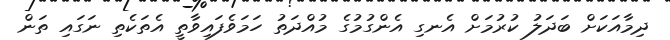
ދިމާއަކަށް ބަދަލު ކުރުމަށް އެނގި އެންގުމުގެ މުއްދަތު ހަމަވެފައިވާތީ އެތަކެތި ނަގައި ތަން